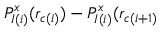
P _ { I ( i ) } ^ { x } ( r _ { c ( i ) } ) - P _ { I ( i ) } ^ { x } ( r _ { c ( i + 1 ) }